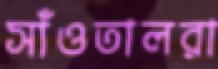
সাঁওতালরা